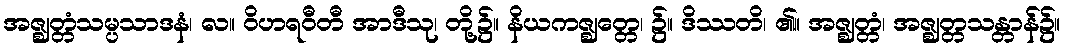
အဇ္ဈတ္တံသမ္ပသာဒနံ၊ လ။ ဝိဟရဝီတီ အာဒီသု၊ တို့၌။ နိယကဇ္ဈတ္တေ၊ ၌။ ဒိဿတိ၊ ၏။ အဇ္ဈတ္တံ၊ အဇ္ဈတ္တသန္တာန်၌။